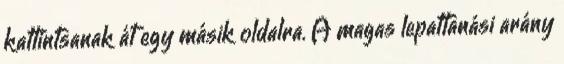
kattintsanak át egy másik oldalra. A magas lepattanási arány